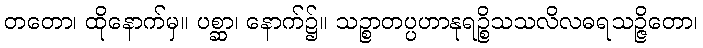
တတော၊ ထိုနောက်မှ။ ပစ္ဆာ၊ နောက်၌။ သဉ္စာတပ္ပဟာနုရဉ္စိသသလိလဓရသဉ္ဇိတော၊